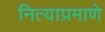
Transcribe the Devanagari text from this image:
नित्याप्रमाणे